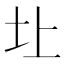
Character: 圵